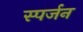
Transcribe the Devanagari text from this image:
स्पर्जन